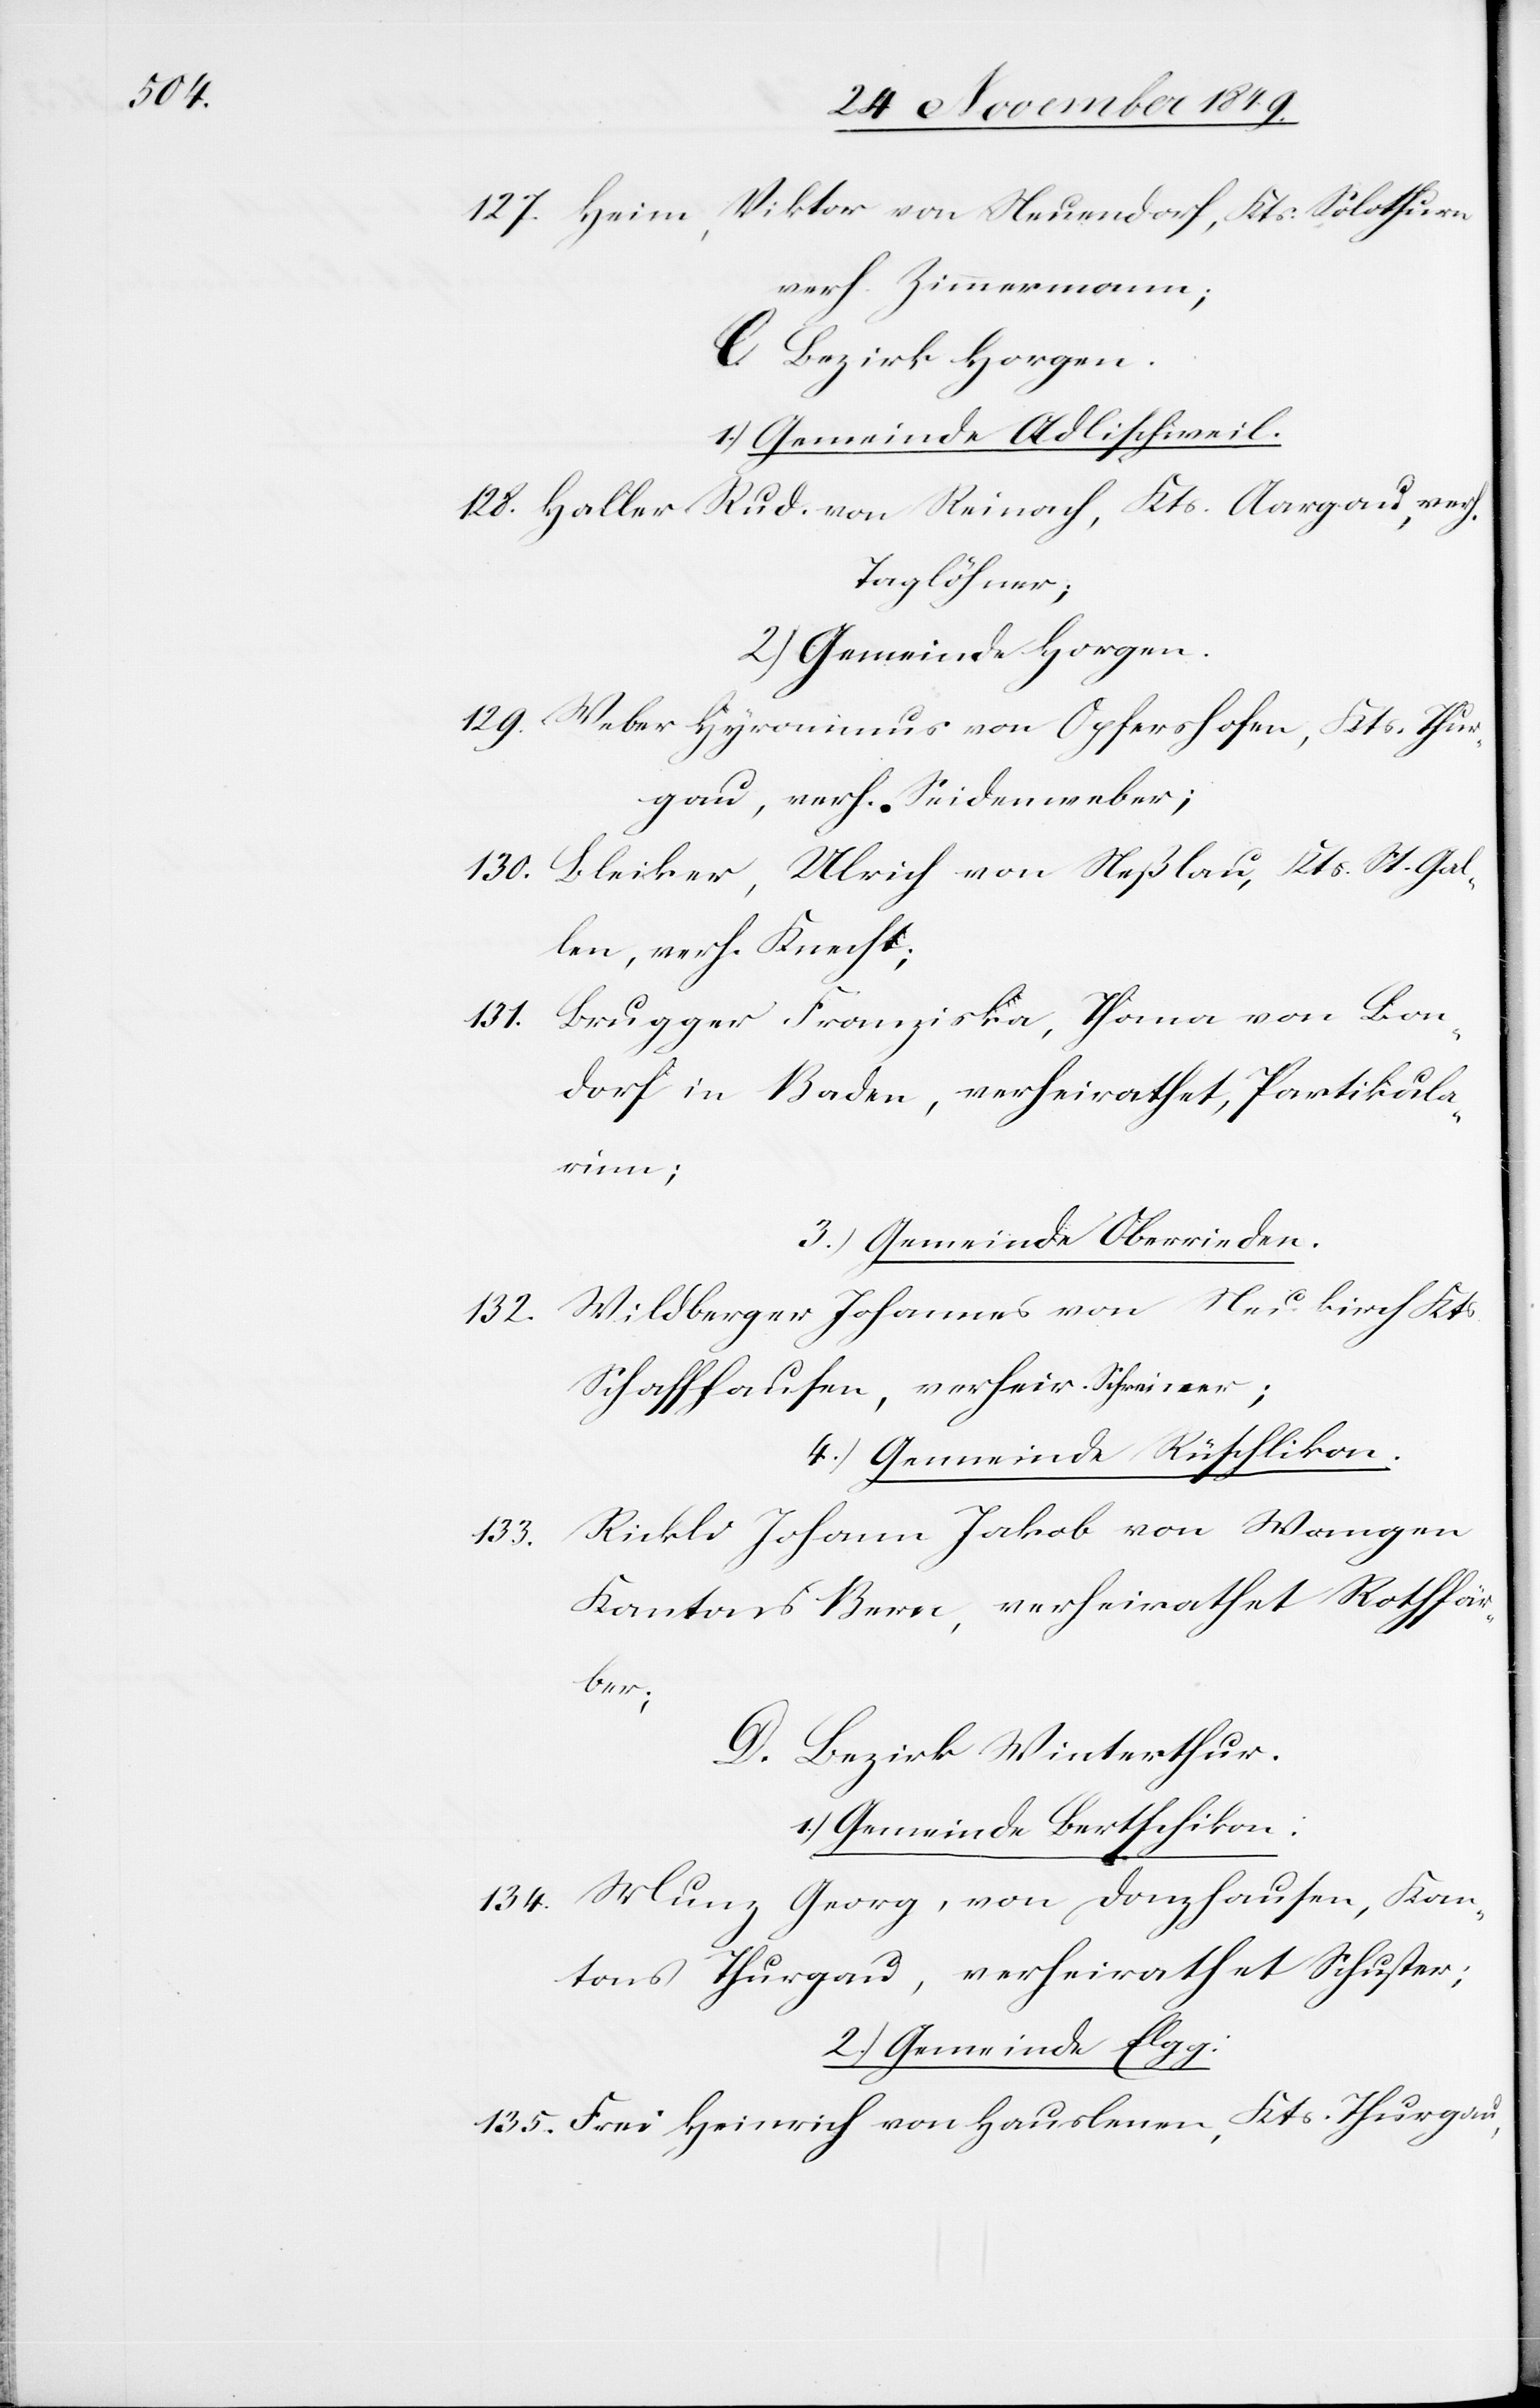
Viktor von Neuendorf, Kts. Solothurn
127. Heim,
verh. Zimmermann;
C. Bezirk Horgen.
1.) Gemeinde Adlischweil.
128. Haller Rud. von Reinach, Kts. Aargau, verh.
Taglöhner;
2. Gemeinde Horgen.
129. Weber Hyronimus von Opfershofen, Kts. Thur¬
gau, verh. Seidenweber;
130. Bleiker, Ulrich von Neßlau, Kts. St. Gal¬
len, verh. Knecht;
131. Brugger Franziska, Ilona von Bon¬
dorf in Baden, verheirathet, Partikula¬
rinn;
3.) Gemeinde Oberrieden.
132. Wildberger Johannes von Neukirch Kts.
Schaffhausen, verheir. Schreiner;
4.) Gemeinde Rüschlikon.
133. Rickli Johann Jakob von Wangen
Kantons Bern, verheirathet Rothfär¬
ber;
D. Bezirk Winterthur.
1.) Gemeinde Bertschikon:
134. Munz Georg, von Danzhausen, Kan¬
tons Thurgau, verheirathet Schuster;
2.) Gemeinde Elgg:
135. Frei Heinrich von Hauslenen, Kts. Thurgau,